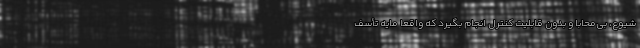
شیوع، بی‌محابا و بدون قابلیت کنترل انجام بگیرد که واقعاً مایه تأسف